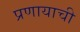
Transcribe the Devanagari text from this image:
प्रणायाची